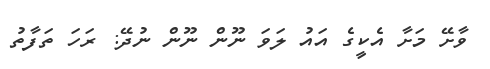
ވާށޭ މަށާ އެކީގެ އައު ލަވަ ނޫން ނޫން ނުދޭ: ރަހަ ތަފާތު